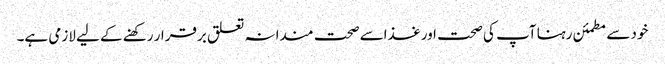
خود سے مطمئن رہنا آپ کی صحت اور غذاسے صحت مندانہ تعلق برقرار رکھنے کے لیے لازمی ہے۔